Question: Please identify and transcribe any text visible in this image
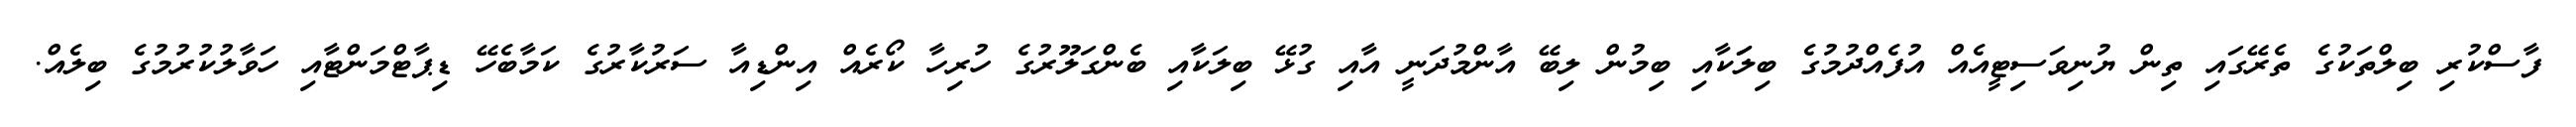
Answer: ފާސްކުރި ބިލްތަކުގެ ތެރޭގައި ތިން ޔުނިވަސިޓީއެއް އުފެއްދުމުގެ ބިލަަކާއި ބިމުން ލިބޭ އާންމުދަނީ އާއި ގުޅޭ ބިލަކާއި ބެންގަލޫރުގެ ހުރިހާ ކޯރެއް އިންޑިއާ ސަރުކާރުގެ ކަމާބެހޭ ޑިޕާޓްމަންޓާއި ހަވާލުކުރުމުގެ ބިލެއް.